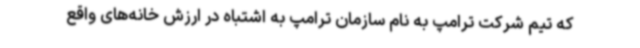
که تیم شرکت ترامپ به نام سازمان ترامپ به اشتباه در ارزش خانه‌های واقع